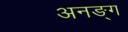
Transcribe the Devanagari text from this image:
अनङ्‌ग